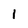
Character: 1